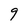
Character: 9